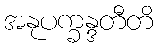
အနုပက္ခန္ဒတီတိ